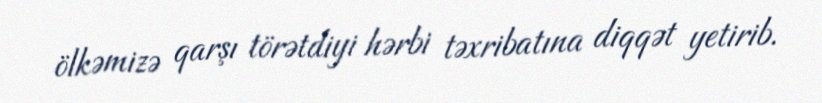
ölkəmizə qarşı törətdiyi hərbi təxribatına diqqət yetirib.